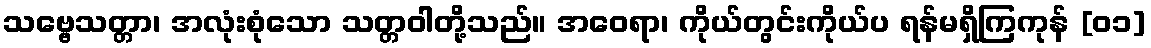
သဗ္ဗေသတ္တာ၊ အလုံးစုံသော သတ္တဝါတို့သည်။ အဝေရာ၊ ကိုယ်တွင်းကိုယ်ပ ရန်မရှိကြကုန် [၀၁]